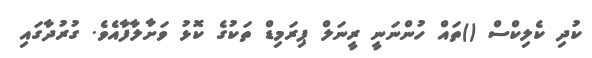
ކުދި ކެލިކްސް ()ތައް ހުންނަނީ ރީނަލް ޕިރަމިޑް ތަކުގެ ކޮޅު ވަށާލާފާއެވެ. ގުރުދާގައި